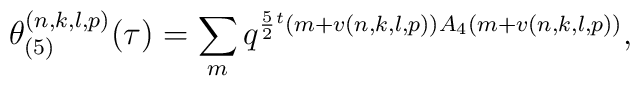
\theta_{(5)}^{(n,k,l,p)}(\tau)=\sum_{m}q^{\frac{5}{2}{}^t(m+v(n,k,l,p))A_4(m+v(n,k,l,p))},